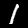
Label: 1